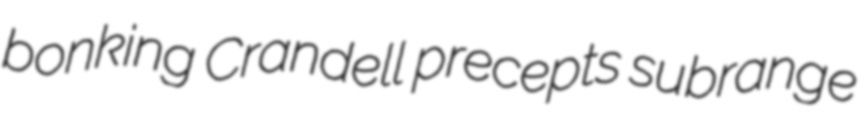
bonking Crandell precepts subrange